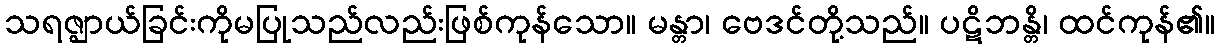
သရဇ္ဈာယ်ခြင်းကိုမပြုသည်လည်းဖြစ်ကုန်သော။ မန္တာ၊ ဗေဒင်တို့သည်။ ပဋိဘန္တိ၊ ထင်ကုန်၏။